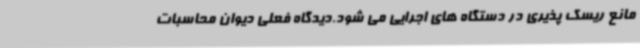
مانع ریسک پذیری در دستگاه های اجرایی می شود.دیدگاه فعلی دیوان محاسبات